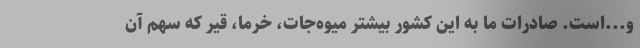
و...است. صادرات ما به این کشور بیشتر میوه‌جات، خرما، قیر که سهم آن